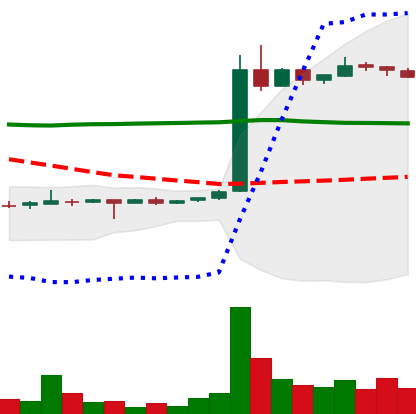
Ticker: LTC-USD
Chart end date: 2015-05-30
Forward return: -7.985%
Label: down_7plus